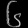
Digit: ၆